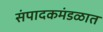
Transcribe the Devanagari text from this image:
संपादकमंडळात